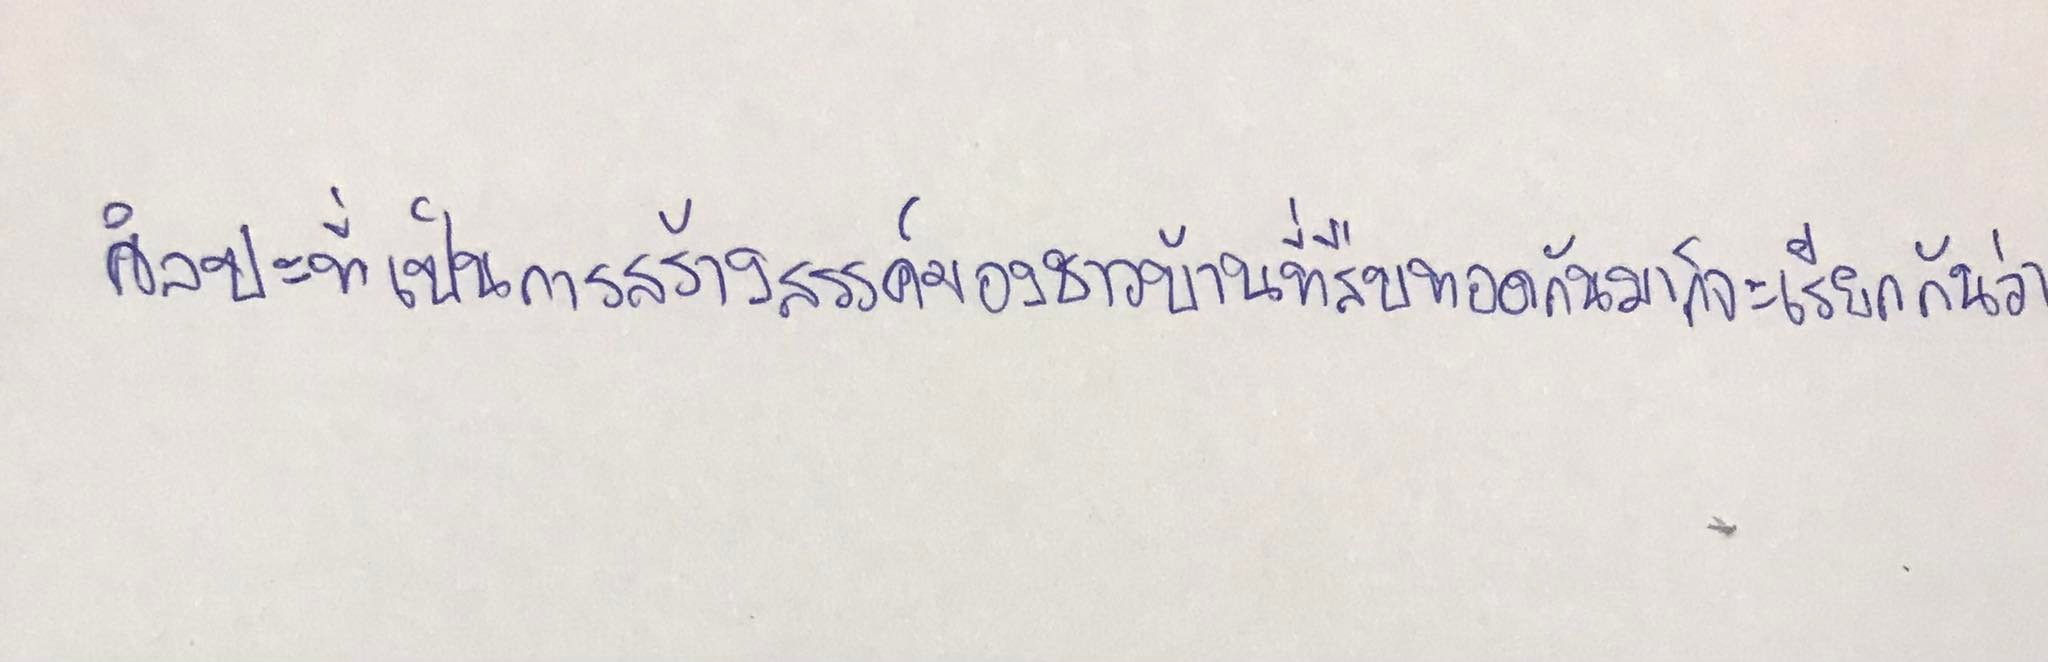
ศิลปะที่เป็นการสร้างสรรค์ของชาวบ้านที่สืบทอดกันมาก็จะเรียกกันว่า